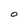
Character: O